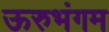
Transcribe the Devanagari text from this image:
ऊरुभंगम